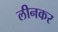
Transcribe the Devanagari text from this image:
लीनकर